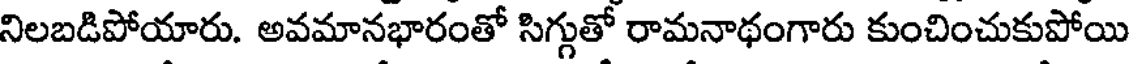
నిలబడిపోయారు. అవమానభారంతో సిగ్గుతో రామనాథంగారు కుంచించుకుపోయి